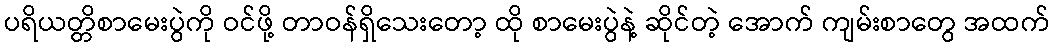
ပရိယတ္တိစာမေးပွဲကို ဝင်ဖို့ တာဝန်ရှိသေးတော့ ထို စာမေးပွဲနဲ့ ဆိုင်တဲ့ အောက် ကျမ်းစာတွေ အထက်